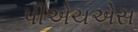
પીએચએસ